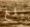
مبلغ